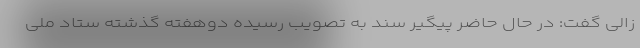
زالی گفت: در حال حاضر پیگیر سند به تصویب رسیده دوهفته گذشته ستاد ملی